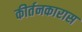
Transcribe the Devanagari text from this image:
कीर्तनकारास